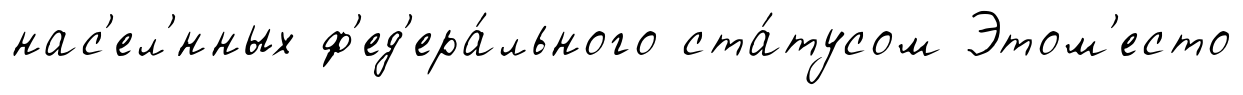
нас'ел'́нных ф'ед'ера́льного ста́тусом Этом'есто